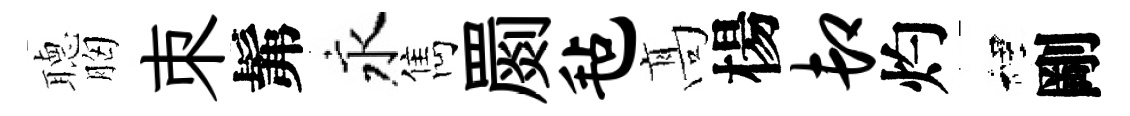
𦗟胸朿髴永雋罽毡髙楊卸灼裡剛